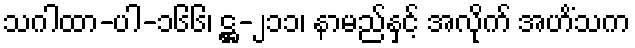
သဂါထာ-ပါ-၁၆၆၊ ဋ္ဌ-၂၁၁၊ နာမည်နှင့် အလိုက် အဟိံသက